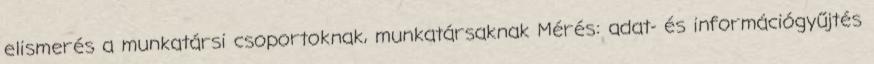
elismerés a munkatársi csoportoknak, munkatársaknak Mérés: adat- és információgyűjtés